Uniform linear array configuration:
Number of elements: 8
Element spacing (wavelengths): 0.25
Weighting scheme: hamming
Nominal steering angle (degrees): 15
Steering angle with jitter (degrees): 14.208
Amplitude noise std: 0.05
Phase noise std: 0.05

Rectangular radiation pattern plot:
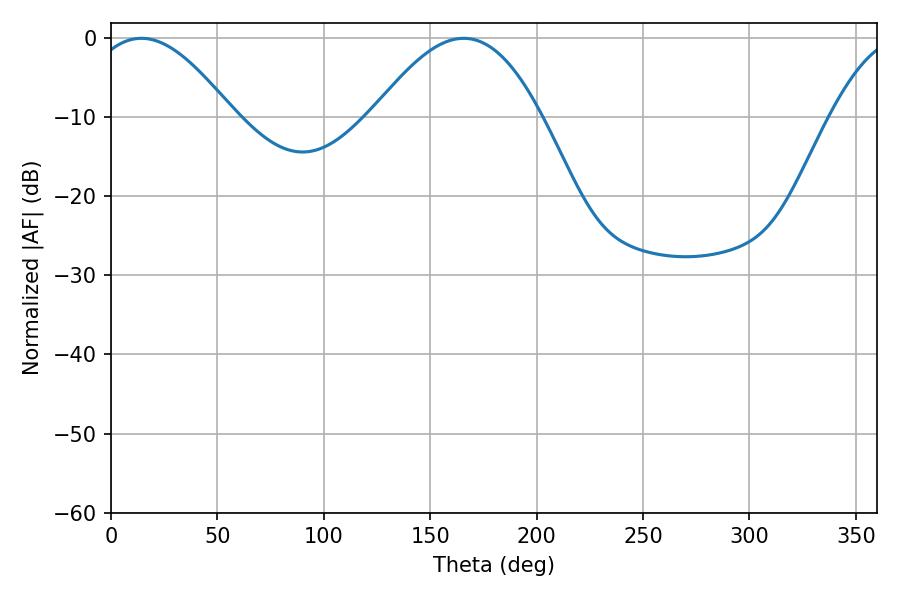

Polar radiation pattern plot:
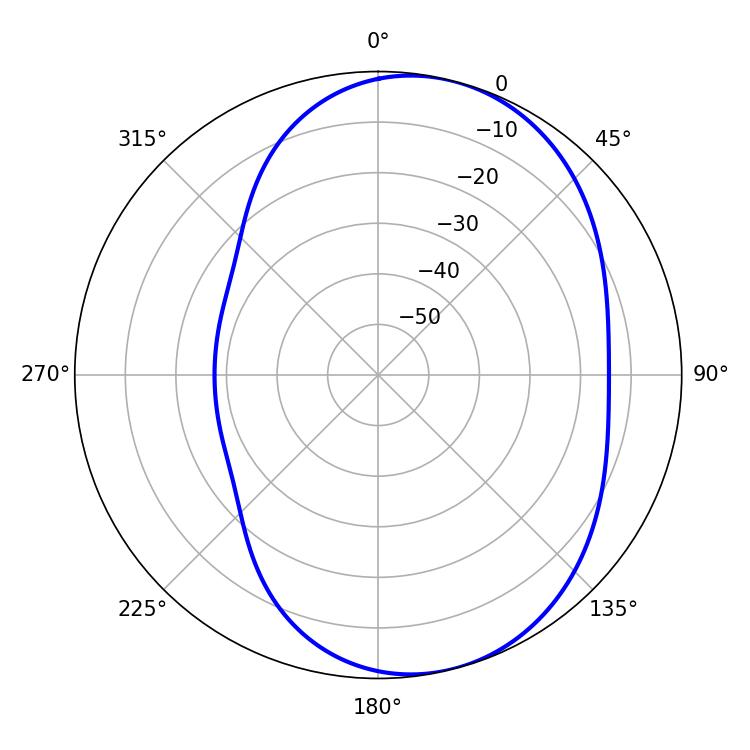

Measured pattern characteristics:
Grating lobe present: FALSE
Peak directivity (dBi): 6.292
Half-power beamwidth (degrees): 36.9
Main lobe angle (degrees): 14.22